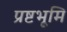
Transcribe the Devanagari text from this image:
प्रष्टभूमि